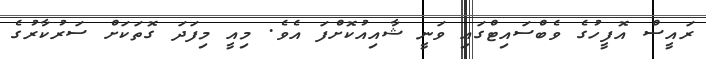
ރައީސް އޮފީހުގެ ވެބްސައިޓްގައި ވަނީ ޝާއިއުކޮށްފަ އެވެ. މިއީ މިފަދަ ގޮތަކަށް ސަރުކާރުގެ